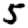
Digit: 5